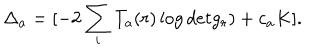
\Delta _ { a } = [ - 2 \sum _ { i } T _ { a } ( r ) \log d e t g _ { r } ) + c _ { a } K ] .